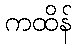
ကထိန်